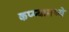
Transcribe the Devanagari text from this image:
कप्प्यामध्ये